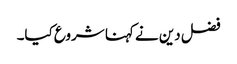
فضل دین نے کہنا شروع کیا۔